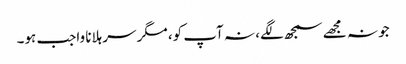
جو نہ مجھے سمجھ لگے، نہ آپ کو، مگر سر ہلانا واجب ہو۔